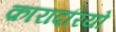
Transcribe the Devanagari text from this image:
क़ारादरियो